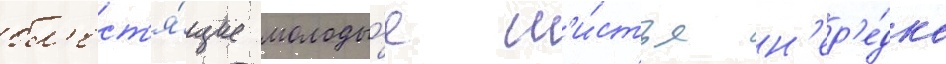
бл'ест'я́щие молоды́е л'и́стья н'ер'е́дко